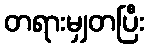
တရားမျှတပြီး